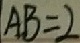
A B = 2